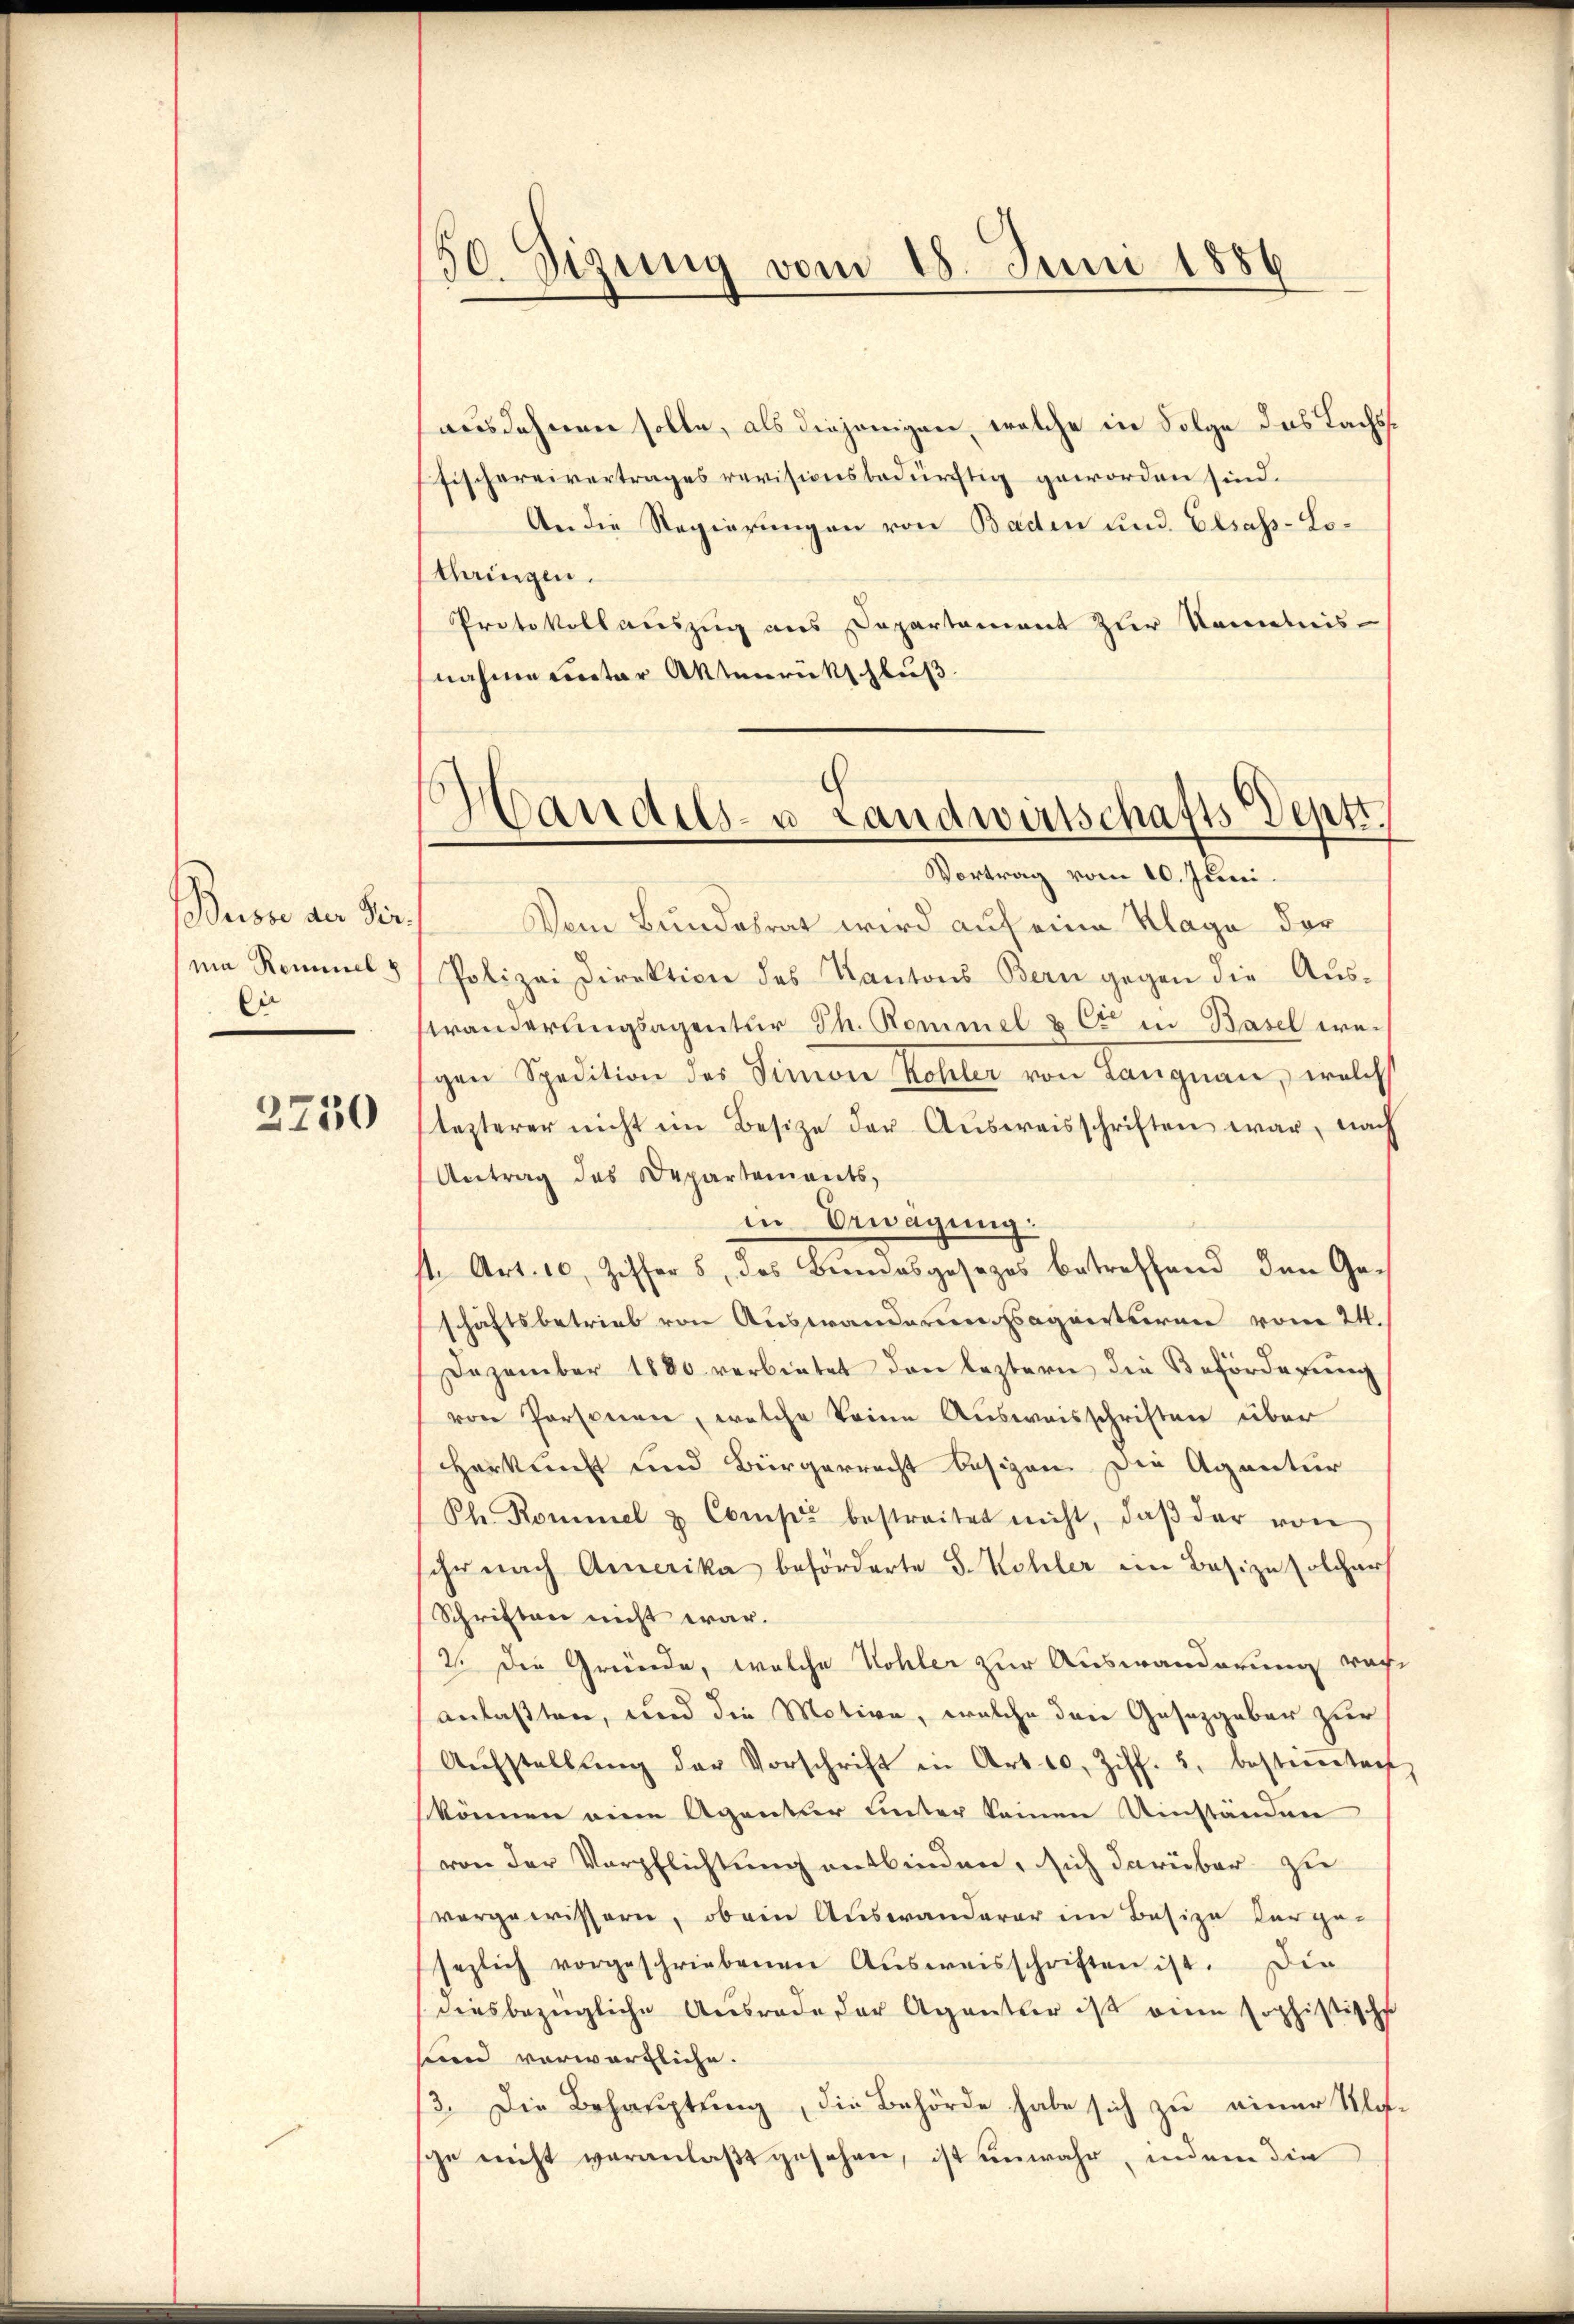
Busse der Verma Remmel 8
Die

2750

30. Sizung vom 18. Juni 1886

ausdehnen solle, als diejenigen, welche in Folge das Lachs¬
Fischereivertrages revisionsbedürftig geworden sind.
An die Regierungen von Baden und Elsass-Lostaingen.
Protokollauszug aus Departement zur Kenntnis
nahme unter Aktenrückschluß
Vom Bundesrat wird auf eine Klage der¬
Polizei Direktion des Kantons Bern gegen die Auswanderungsagentur Th. Rommel & Cie in Basel wegen Spedition des Simon Mehler von Langnau, welch
lezterer nicht im Besitze der Aŭsweisschriften war, nach
Antrag des Departements,
in Erwägung.
st. Art. 10, Ziffers, das Bundesgesezes betreffend den Geschäftsbetrieb von Auswandern sagensteren vom 24.
Dezember 1880 verbietet den leztern die Beförderŭng
von Personen, welche keine Ausweisschriften über
Herkunft und Bürgerrecht besizen. Die Agentur
Ph. Rommel & Comp. bestreitet nicht, daβ der von
ihr nach Amerika beförderte S. Kohler ein Basize solcher
Schriften nicht war.
2. Die Gründe, welche Wohler zur Auswanderung war
anlaßten, und die Motive, welche den Gesetzgeber zur
Aŭfstellŭng der Vorschrift in Art. 10. Ziff. 2, besterenten
können eine Agentier unter kamen Umständen
von der Verpflichtung entbinden, sich darüber zu
vergewissern, ob ein Auswanderer im Besize derge-
sezlich vorgeschriebenen Aŭsweisschriften ist. Die
diesbezügliche Ausrade der Agentler ist eine sophistische
sind vorwärtliche.
3. Die Behauptung, die Behörde habe sich zu einer Klage nicht veranlaßt gesehen, ist unwahr, indem die

Handels- u Landwirtschafts Deptt.
Vortrag vom 10. Juni.